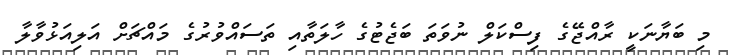
މި ބަޔާނަކީ ރާއްޖޭގެ ފިސްކަލް ނުވަތަ ބަޖެޓުގެ ހާލަތާއި ތަސައްވުރުގެ މައްޗަށް އަލިއަޅުވާލާ